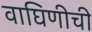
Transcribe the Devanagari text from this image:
वाघिणीची